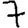
Digit: 7